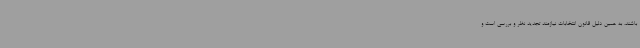
باشند، به همین دلیل قانون انتخابات نیازمند تجدید نظر و بررسی است و